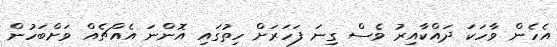
އެހެން ވާހަކަ ދައްކާއިރު ވެސް ގިނަ ފަހަރަށް ހިތުގައި އޮންނަ އެއްޗެއް ވަށްބަހުން